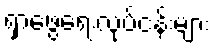
ရှာဖွေရေးလုပ်ငန်းများ